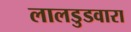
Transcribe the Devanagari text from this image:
लालडुडवारा